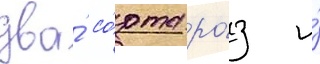
два́ со́рта ро́з и́